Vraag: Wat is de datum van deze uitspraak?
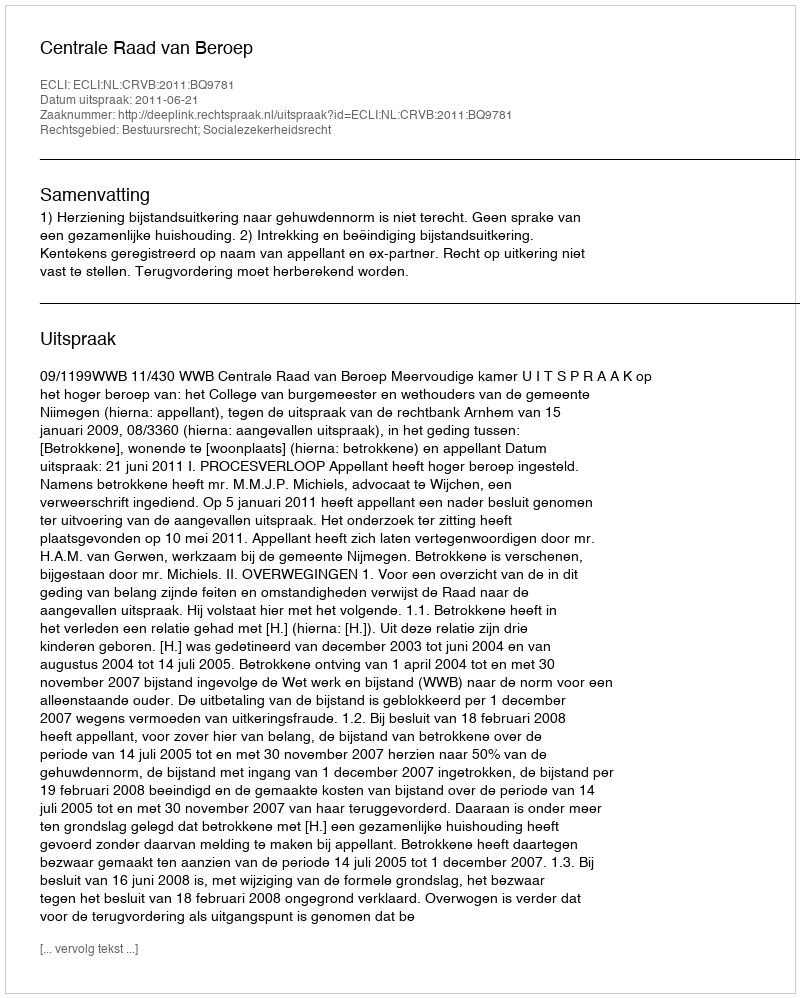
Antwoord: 2011-06-21